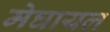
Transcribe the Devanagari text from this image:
मेघायल